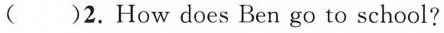
( )2.How does Ben go to school?